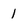
Character: 1